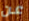
عن